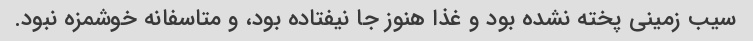
سیب زمینی پخته نشده بود و غذا هنوز جا نیفتاده بود، و متاسفانه خوشمزه نبود.